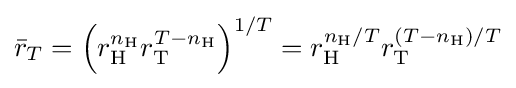
{\bar {r}}_{T}=\left(r_{\text{H}}^{n_{\text{H}}}r_{\text{T}}^{T-n_{\text{H}}}\right)^{1/T}=r_{\text{H}}^{n_{\text{H}}/T}r_{\text{T}}^{(T-n_{\text{H}})/T}